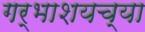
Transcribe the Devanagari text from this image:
गर्भाशयच्या